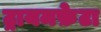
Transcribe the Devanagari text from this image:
ट्रायमफ़ेटा